Report on sanitation, dispensaries, and jails in Rajputana for 1921, and on vaccination for the year 1921-1922 - 1921-1922
Year: 1921
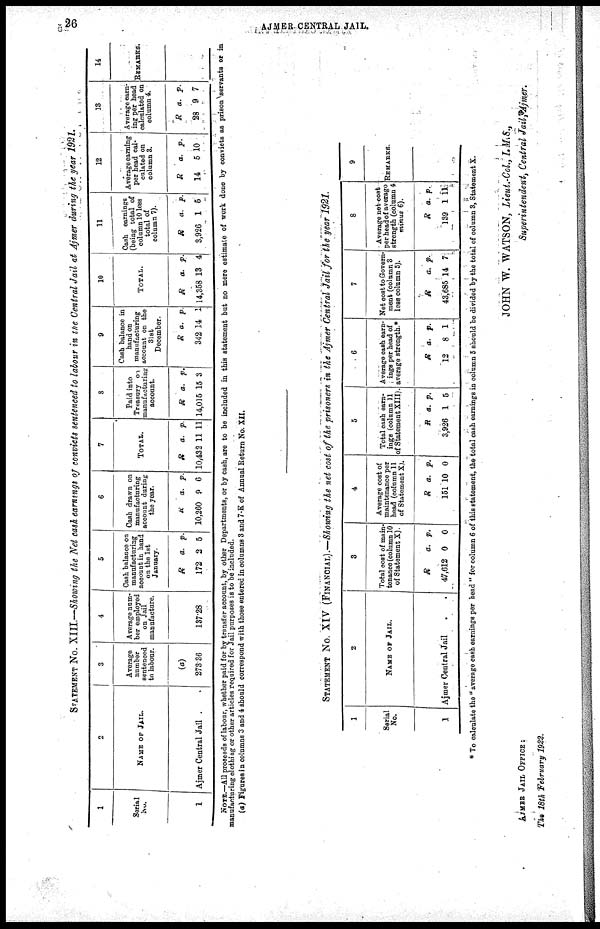
26
AJMER CENTRAL JAIL.
STATEMENT No. XIII.—Showing the Net cash earnings of convicts sentenced to labour in the Central Jail at Ajmer during the year 1921.
1
Serial
No.
1
2
NAME OF JAIL.
Ajmer Central Jail..
3
Average
number
sentenced
in labour.
(a)
273.36
4
Average num¬
ber employed
on Jail
manufacture.
137.28
5
Cash balance on
manufacturing
account in hand
on the 1st
January.
R
172
a.
2
p.
5
6
Cash drawn on
manufacturing
account during
the year.
R
10,260
a.
9
p.
6
7
TOTAL.
R
10,432
a.
11
p.
11
8
Paid into
Treasury on
manufacturing
account.
R
14,015
a.
15
p.
3
9
Cash balance in
hand on
manufacturing
account on the
31st
December.
R
342
a.
14
p.
1
10
TOTAL.
R
14,358
a.
13
p.
4
11
Cash earnings
(being total of
column 10 less
total of
column 7).
R
3,926
a.
1
p.
5
12
Average earning
per head cal-
culated on
column 3.
R
14
a.
5
p.
10
13
Average earn-
ing per head
calculated on
column 4.
R
28
a.
9
p.
7
14
REMARKS.
NOTE.—All proceeds of labour, whether paid for by transfer account, by other Departments, or by cash, are to be included in this statement but no mere estimate of work done by convicts as prison servants or in
manufacturing clothing or other articles required for Jail purposes is to be included.
(a) Figures in columns 3 and 4 should correspond with those entered in columns 3 and 7-K of Annual Return No. XII.
STATEMENT No. XIV (FINANCIAL).—Showing the net cost of the prisoners in the Ajmer Central Jail for the year 1921.
1
Serial
No.
1
2
NAME OF JAIL.
Aimer Central Jail..
3
Total cost of main-
tenance (column 10
of Statement X).
R
47,612
a.
0
p.
0
4
Average cost of
maintenance per
head (column 11
of Statement X).
R
151
a.
10
p.
0
5
Total cash earn-
ings (column 11
of Statement XIII).
R
3,926
a.
1
p.
5
6
Average cash earn-
ings per head of
average strength.*
R
12
a.
8
p.
1
7
Net cost to Govern-
ment (column 3
less column 5).
R
43,685
a.
14
p.
7
8
Average net cost
per head of averago
strength (column 4
minus 6).
R
139
a.
1
p.
11
9
REMARKS.
* To calculate the " average cash earnings per head " for column 6 of this statement, the total cash earnings in column 5 should be divided by the total of column 3, Statement X.
JOHN W. WATSON, Lieut.-Col.,I.M.S.,
Superintendent, Central Jail, Ajmer.
AJMER JAIL OFFICE :
The 18th February 1922.